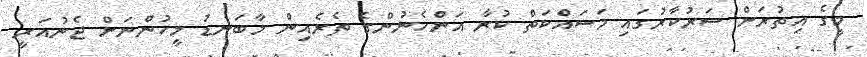
މީގެ އިތުރަށް ސަރުކާރުގައި މަސައްކަތް ކުރާ އަންހެނުންގެ ތެރެއިން މާބަނޑު މީހުންނަށް ޖެނުއަރީ